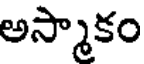
అస్మాకం